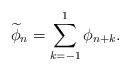
LaTeX: \begin{align*}\widetilde\phi_n = \sum_{k=-1}^1 \phi_{n+k}.\end{align*}